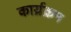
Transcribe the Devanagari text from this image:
कार्य्रक्रम